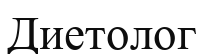
Диетолог